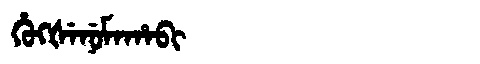
Manchu: ᡥᡠᡴᡧᡝᠨᡠᠮᠠᡥᠠᠪᡳ
Romanization: HUKŠENUMAHABI